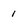
Character: 1